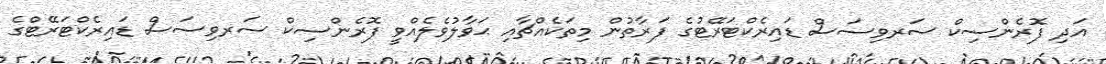
އަދި ފޮރެންސިކް ސަރވިސަސް ޑައިރެކްޓަރޭޓުގެ ފަރާތުން މިތަކެއްޗާއި ޙަވާލުވެލެއްވީ ފޮރެންސިކް ސަރވިސަސް ޑައިރެކްޓަރޭޓްގެ